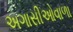
અગાસીઓવાળા